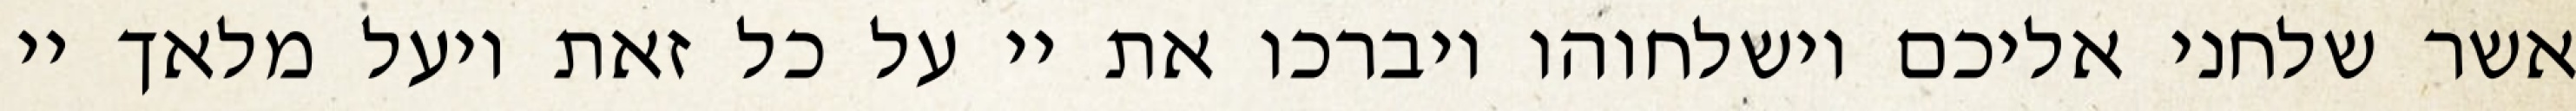
אשר שלחני אליכם וישלחוהו ויברכו את יי על כל זאת ויעל מלאך יי